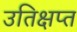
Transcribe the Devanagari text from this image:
उतिक्षप्त